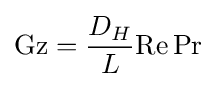
\mathrm {Gz} ={D_{H} \over L}\mathrm {Re} \,\mathrm {Pr}